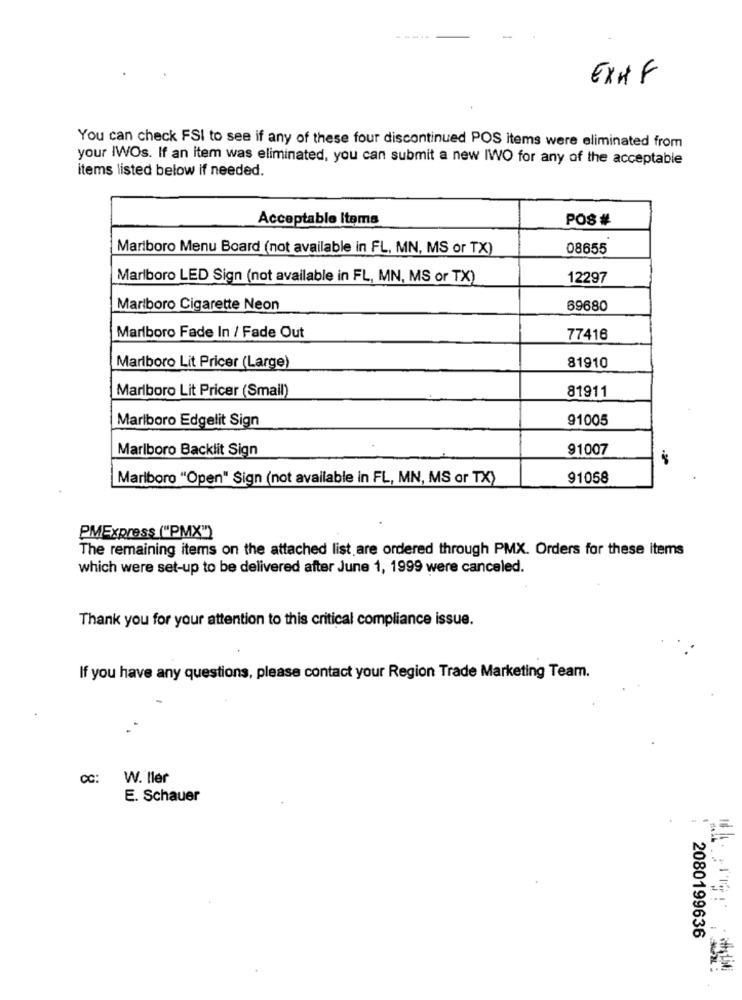
EXIF
You can check FSI to see if any of these four discontinued POS items were eliminated from
your IWOs. If an item was eliminated, you can submit a new IWO for any of the acceptable
items listed below if needed.
Acceptable Items
POS #
Marlboro Menu Board (not available in FL, MN, MS or TX)
08655
Marlboro LED Sign (not available in FL, MN, MS or TX)
12297
Marlboro Cigarette Neon
69680
Marlboro Fade In / Fade Out
77416
Marlboro Lit Pricer (Large)
81910
81911
Marlboro Lit Pricer (Small)
Marlboro Edgelit Sign
91005
Marlboro Backlit Sign
91007
Marlboro "Open" Sign (not available in FL, MN, MS or TX)
91058
PMExpress ("PMX")
The remaining items on the attached list are ordered through PMX. Orders for these items
which were set-up to be delivered after June 1, 1999 were canceled.
Thank you for your attention to this critical compliance issue.
If you have any questions, please contact your Region Trade Marketing Team.
CC:
W. ller
E. Schauer
2080199636